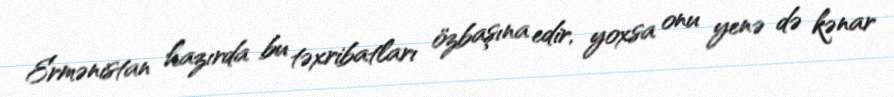
Ermənistan hazırda bu təxribatları özbaşına edir, yoxsa onu yenə də kənar